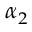
\alpha _ { 2 }